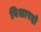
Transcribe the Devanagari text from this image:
विशारदो